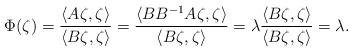
LaTeX: \begin{align*}\Phi(\zeta)=\frac{\langle A\zeta, \zeta\rangle}{\langle B\zeta, \zeta\rangle}=\frac{\langle BB^{-1}A\zeta, \zeta\rangle}{\langle B\zeta, \zeta\rangle}=\lambda\frac{\langle B\zeta, \zeta\rangle}{\langle B\zeta, \zeta\rangle}=\lambda.\end{align*}